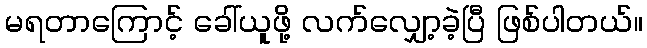
မရတာကြောင့် ခေါ်ယူဖို့ လက်လျှော့ခဲ့ပြီ ဖြစ်ပါတယ်။